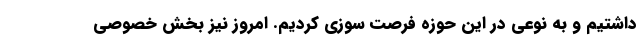
داشتیم و به نوعی در این حوزه فرصت سوزی کردیم. امروز نیز بخش خصوصی